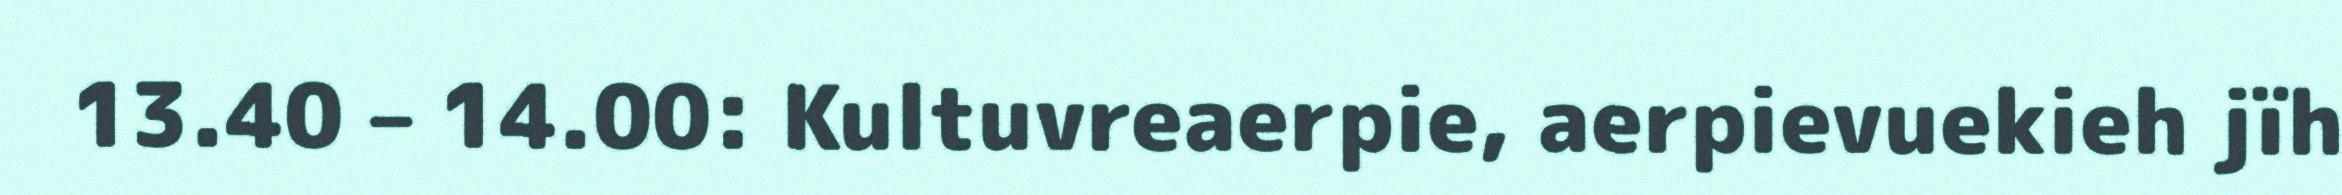
13.40 – 14.00: Kultuvreaerpie, aerpievuekieh jïh